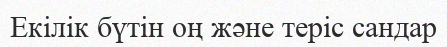
Екілік бүтін оң және теріс сандар